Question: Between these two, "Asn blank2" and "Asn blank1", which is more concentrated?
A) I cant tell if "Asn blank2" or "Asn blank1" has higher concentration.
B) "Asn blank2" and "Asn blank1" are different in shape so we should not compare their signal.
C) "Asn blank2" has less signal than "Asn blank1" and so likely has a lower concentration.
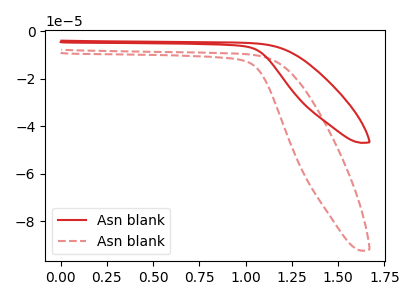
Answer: <think>The red curve "Asn blank1" has no peaks. The red dashed curve "Asn blank2" has no peaks.
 Neither "Asn blank2" or "Asn blank1" have any peaks.</think>
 <answer>A) I cant tell if "Asn blank2" or "Asn blank1" has higher concentration.</answer>
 <eval>A</eval>